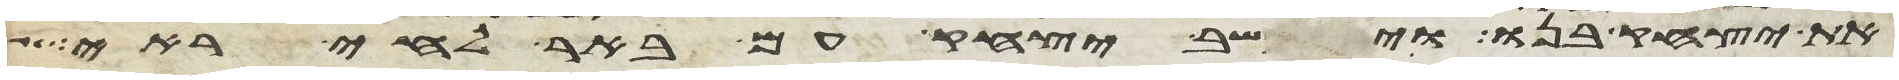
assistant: את יצחק בנו וישב יצחק עם באר לחי ראי